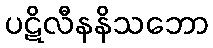
ပဋိလီနနိသဘော